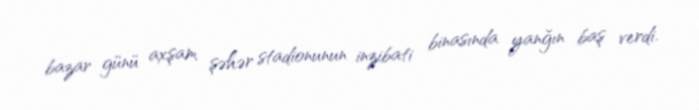
bazar günü axşam şəhər stadionunun inzibati binasında yanğın baş verdi.